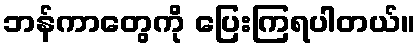
ဘန်ကာတွေကို ပြေးကြရပါတယ်။